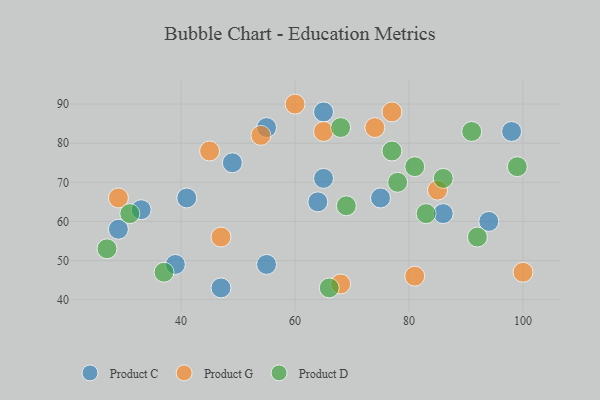
{"axis": {"x": "GDP", "y": "Life Expectancy"}, "legend": ["Product C", "Product D", "Product G"], "data": [{"x": "64", "y": 65, "type": "Product C"}, {"x": "65", "y": 71, "type": "Product C"}, {"x": "33", "y": 63, "type": "Product C"}, {"x": "98", "y": 83, "type": "Product C"}, {"x": "86", "y": 62, "type": "Product C"}, {"x": "49", "y": 75, "type": "Product C"}, {"x": "47", "y": 43, "type": "Product C"}, {"x": "55", "y": 49, "type": "Product C"}, {"x": "29", "y": 58, "type": "Product C"}, {"x": "75", "y": 66, "type": "Product C"}, {"x": "94", "y": 60, "type": "Product C"}, {"x": "65", "y": 88, "type": "Product C"}, {"x": "55", "y": 84, "type": "Product C"}, {"x": "39", "y": 49, "type": "Product C"}, {"x": "41", "y": 66, "type": "Product C"}, {"x": "77", "y": 88, "type": "Product G"}, {"x": "65", "y": 83, "type": "Product G"}, {"x": "74", "y": 84, "type": "Product G"}, {"x": "29", "y": 66, "type": "Product G"}, {"x": "81", "y": 46, "type": "Product G"}, {"x": "85", "y": 68, "type": "Product G"}, {"x": "47", "y": 56, "type": "Product G"}, {"x": "68", "y": 44, "type": "Product G"}, {"x": "100", "y": 47, "type": "Product G"}, {"x": "60", "y": 90, "type": "Product G"}, {"x": "54", "y": 82, "type": "Product G"}, {"x": "45", "y": 78, "type": "Product G"}, {"x": "37", "y": 47, "type": "Product D"}, {"x": "99", "y": 74, "type": "Product D"}, {"x": "77", "y": 78, "type": "Product D"}, {"x": "27", "y": 53, "type": "Product D"}, {"x": "91", "y": 83, "type": "Product D"}, {"x": "69", "y": 64, "type": "Product D"}, {"x": "92", "y": 56, "type": "Product D"}, {"x": "31", "y": 62, "type": "Product D"}, {"x": "68", "y": 84, "type": "Product D"}, {"x": "78", "y": 70, "type": "Product D"}, {"x": "81", "y": 74, "type": "Product D"}, {"x": "66", "y": 43, "type": "Product D"}, {"x": "83", "y": 62, "type": "Product D"}, {"x": "86", "y": 71, "type": "Product D"}]}